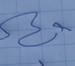
Signature authenticity: genuine